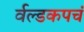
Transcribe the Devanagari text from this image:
र्वल्डकपचं